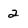
Character: 2